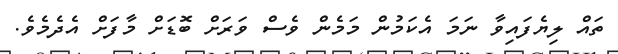
ތައް ލިޔެފައިވާ ނަމަ އެކަމުން މަމެން ވެސް ވަރަށް ބޮޑަށް މާފަށް އެދެމެވެ.